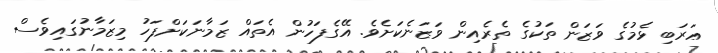
ޢަރަބި ޅެމުގެ ވަޒަން ތަކުގެ ތެރެއިން ވަޒަނެކަށެވެ. އޭގެފަހުން އެތައް ޒަމާނަކަށްފަހު މިޒަމާނުގައިވެސް